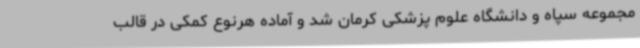
مجموعه سپاه و دانشگاه علوم پزشکی کرمان شد و آماده هرنوع کمکی در قالب